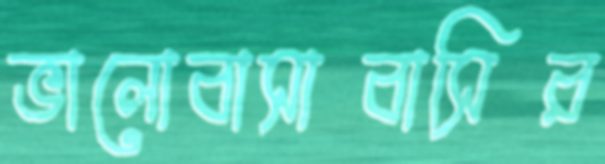
ভালোবাসাবাসির